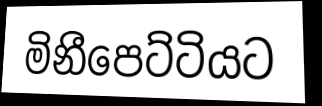
මිනීපෙට්ටියට